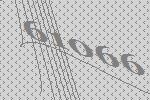
61066